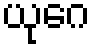
ယုဂေ